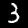
Digit: 3